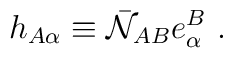
h_{A\alpha} \equiv \bar {\cal N}_{AB} e_\alpha ^B\ .